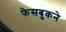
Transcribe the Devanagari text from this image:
फेसबुकने